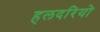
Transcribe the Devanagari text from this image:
हलदरियो